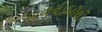
બળવાઓથી